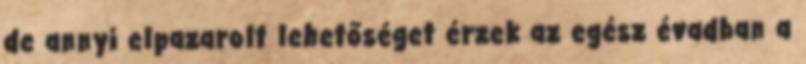
de annyi elpazarolt lehetőséget érzek az egész évadban a